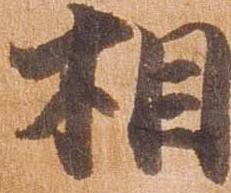
相